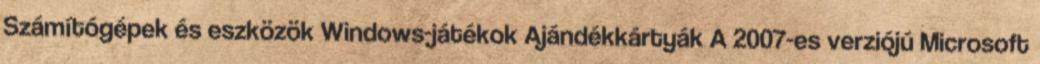
Számítógépek és eszközök Windows-játékok Ajándékkártyák A 2007-es verziójú Microsoft